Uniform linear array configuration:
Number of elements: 4
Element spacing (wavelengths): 0.25
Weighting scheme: exponential
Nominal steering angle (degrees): -60
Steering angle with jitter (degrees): -59.532
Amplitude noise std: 0.05
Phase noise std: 0.05

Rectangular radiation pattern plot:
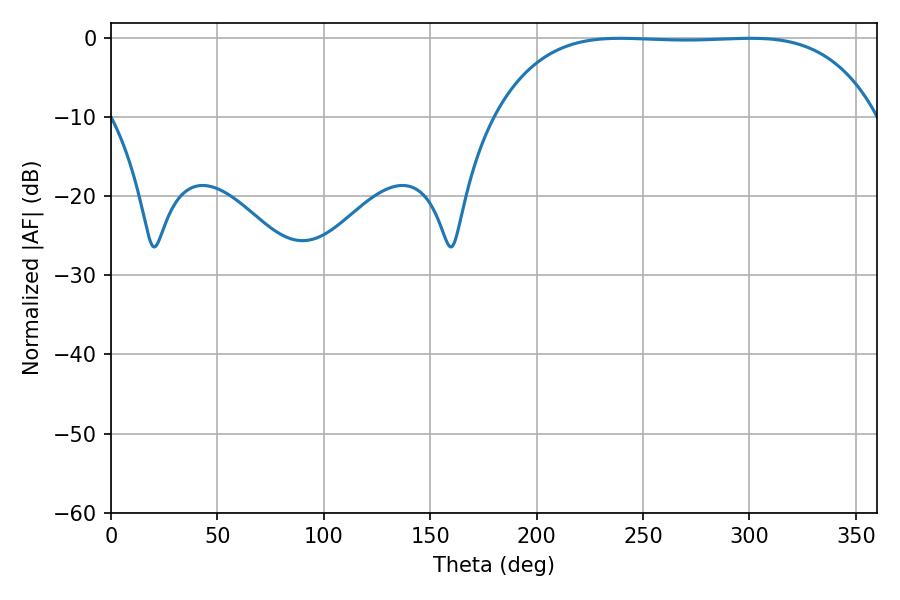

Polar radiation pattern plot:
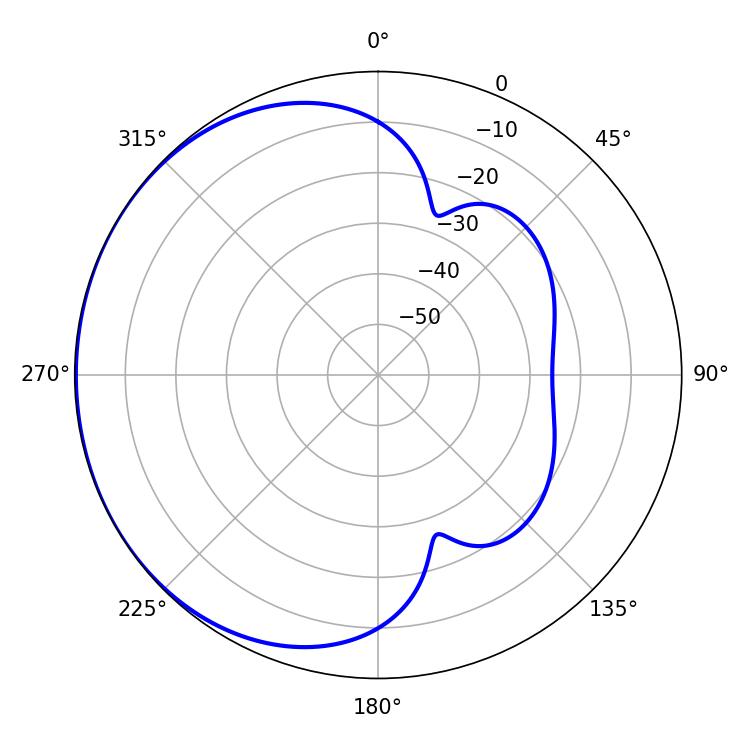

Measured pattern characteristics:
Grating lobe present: FALSE
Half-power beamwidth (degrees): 138.96
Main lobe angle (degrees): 239.22